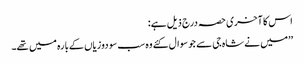
اس کا آخری حصہ درج ذیل ہے:
’’میں نے شاہ جی سے جو سوال کئے وہ سب سو دوزیاں کےبارہ میں تھے۔